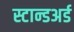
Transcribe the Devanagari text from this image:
स्टान्डअर्ड